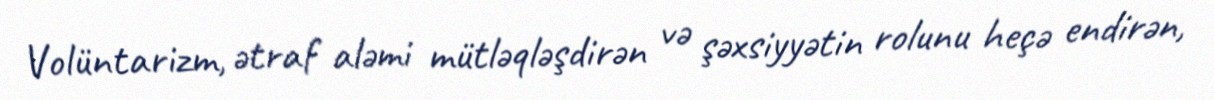
Volüntarizm, ətraf aləmi mütləqləşdirən və şəxsiyyətin rolunu heçə endirən,